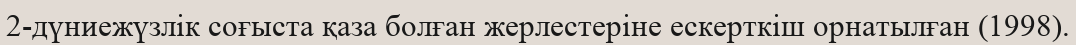
2-дүниежүзлік соғыста қаза болған жерлестеріне ескерткіш орнатылған (1998).